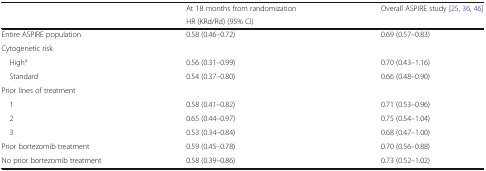
<table><thead><tr><td></td><td><b>At 18 months from randomization</b></td><td><b>Overall ASPIRE study [25, 36, 46]</b></td></tr><tr><td></td><td colspan="2"><b>HR (KRd/Rd) (95% CI)</b></td></tr></thead><tbody><tr><td>Entire ASPIRE population</td><td>0.58 (0.46–0.72)</td><td>0.69 (0.57–0.83)</td></tr><tr><td colspan="3">Cytogenetic risk</td></tr><tr><td> High<sup>a</sup></td><td>0.56 (0.31–0.99)</td><td>0.70 (0.43–1.16)</td></tr><tr><td> Standard</td><td>0.54 (0.37–0.80)</td><td>0.66 (0.48–0.90)</td></tr><tr><td colspan="3">Prior lines of treatment</td></tr><tr><td> 1</td><td>0.58 (0.41–0.82)</td><td>0.71 (0.53–0.96)</td></tr><tr><td> 2</td><td>0.65 (0.44–0.97)</td><td>0.75 (0.54–1.04)</td></tr><tr><td> 3</td><td>0.53 (0.34–0.84)</td><td>0.68 (0.47–1.00)</td></tr><tr><td>Prior bortezomib treatment</td><td>0.59 (0.45–0.78)</td><td>0.70 (0.56–0.88)</td></tr><tr><td>No prior bortezomib treatment</td><td>0.58 (0.39–0.86)</td><td>0.73 (0.52–1.02)</td></tr></tbody></table>